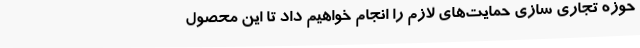
حوزه تجاری سازی حمایت‌های لازم را انجام‌ خواهیم داد تا این محصول